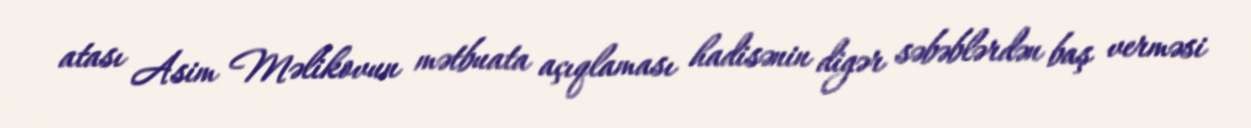
atası Asim Məlikovun mətbuata açıqlaması hadisənin digər səbəblərdən baş verməsi